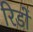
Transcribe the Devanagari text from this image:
रिडों